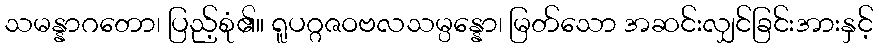
သမန္နာဂတော၊ ပြည့်စုံ၏။ ရူပဂ္ဂဇဝဗလသမ္ပန္နော၊ မြတ်သော အဆင်းလျှင်ခြင်းအားနှင့်